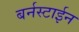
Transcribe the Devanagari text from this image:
बर्नस्टाईन